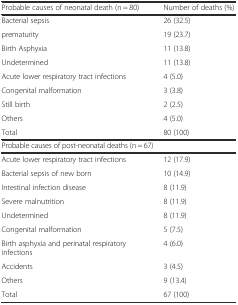
| Probable causes of neonatal death (n = 80) | Number of deaths (%) |
 | --- | --- |
 | Bacterial sepsis | 26 (32.5) |
 | prematurity | 19 (23.7) |
 | Birth Asphyxia | 11 (13.8) |
 | Undetermined | 11 (13.8) |
 | Acute lower respiratory tract infections | 4 (5.0) |
 | Congenital malformation | 3 (3.8) |
 | Still birth | 2 (2.5) |
 | Others | 4 (5.0) |
 | Total | 80 (100) |
 | Probable causes of post-neonatal deaths (n = 67) |  |
 | Acute lower respiratory tract infections | 12 (17.9) |
 | Bacterial sepsis of new born | 10 (14.9) |
 | Intestinal infection disease | 8 (11.9) |
 | Severe malnutrition | 8 (11.9) |
 | Undetermined | 8 (11.9) |
 | Congenital malformation | 5 (7.5) |
 | Birth asphyxia and perinatal respiratory infections | 4 (6.0) |
 | Accidents | 3 (4.5) |
 | Others | 9 (13.4) |
 | Total | 67 (100) |